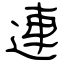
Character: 連